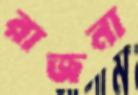
রাজনা